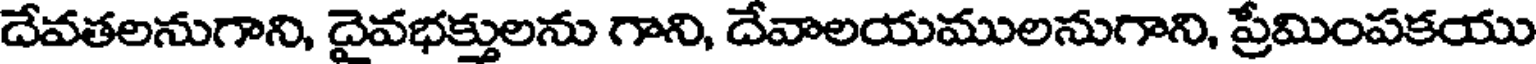
దేవతలనుగాని, దైవభక్తులను గాని, దేవాలయములనుగాని, ప్రేమింపకయు